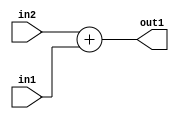
`timescale 1ps / 1ps
/*****************************************************************************
    Verilog RTL Description
    
    
    Created by: Stratus DpOpt 21.05.01 
*******************************************************************************/

module SobelFilter_Add_33Ux33U_33U_1 (
	in2,
	in1,
	out1
	); /* architecture "behavioural" */ 
input [32:0] in2,
	in1;
output [32:0] out1;
wire [32:0] asc001;

assign asc001 = 
	+(in2)
	+(in1);

assign out1 = asc001;
endmodule

/* CADENCE  urn2Qwg= : u9/ySxbfrwZIxEzHVQQV8Q== ** DO NOT EDIT THIS LINE ******/